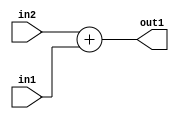
`timescale 1ps / 1ps
/*****************************************************************************
    Verilog RTL Description
    
    
    Created by: Stratus DpOpt 21.05.01 
*******************************************************************************/

module SobelFilter_Add_33Ux33U_33U_1 (
	in2,
	in1,
	out1
	); /* architecture "behavioural" */ 
input [32:0] in2,
	in1;
output [32:0] out1;
wire [32:0] asc001;

assign asc001 = 
	+(in2)
	+(in1);

assign out1 = asc001;
endmodule

/* CADENCE  urn2Qwg= : u9/ySxbfrwZIxEzHVQQV8Q== ** DO NOT EDIT THIS LINE ******/